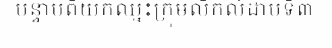
បន្ទាប់ពីយកឈ្នះក្រុមលីកលំដាប់ទី៣